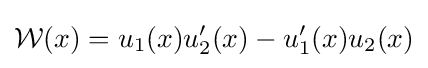
{\mathcal {W}}(x)=u_{1}(x)u'_{2}(x)-u_{1}'(x)u_{2}(x)